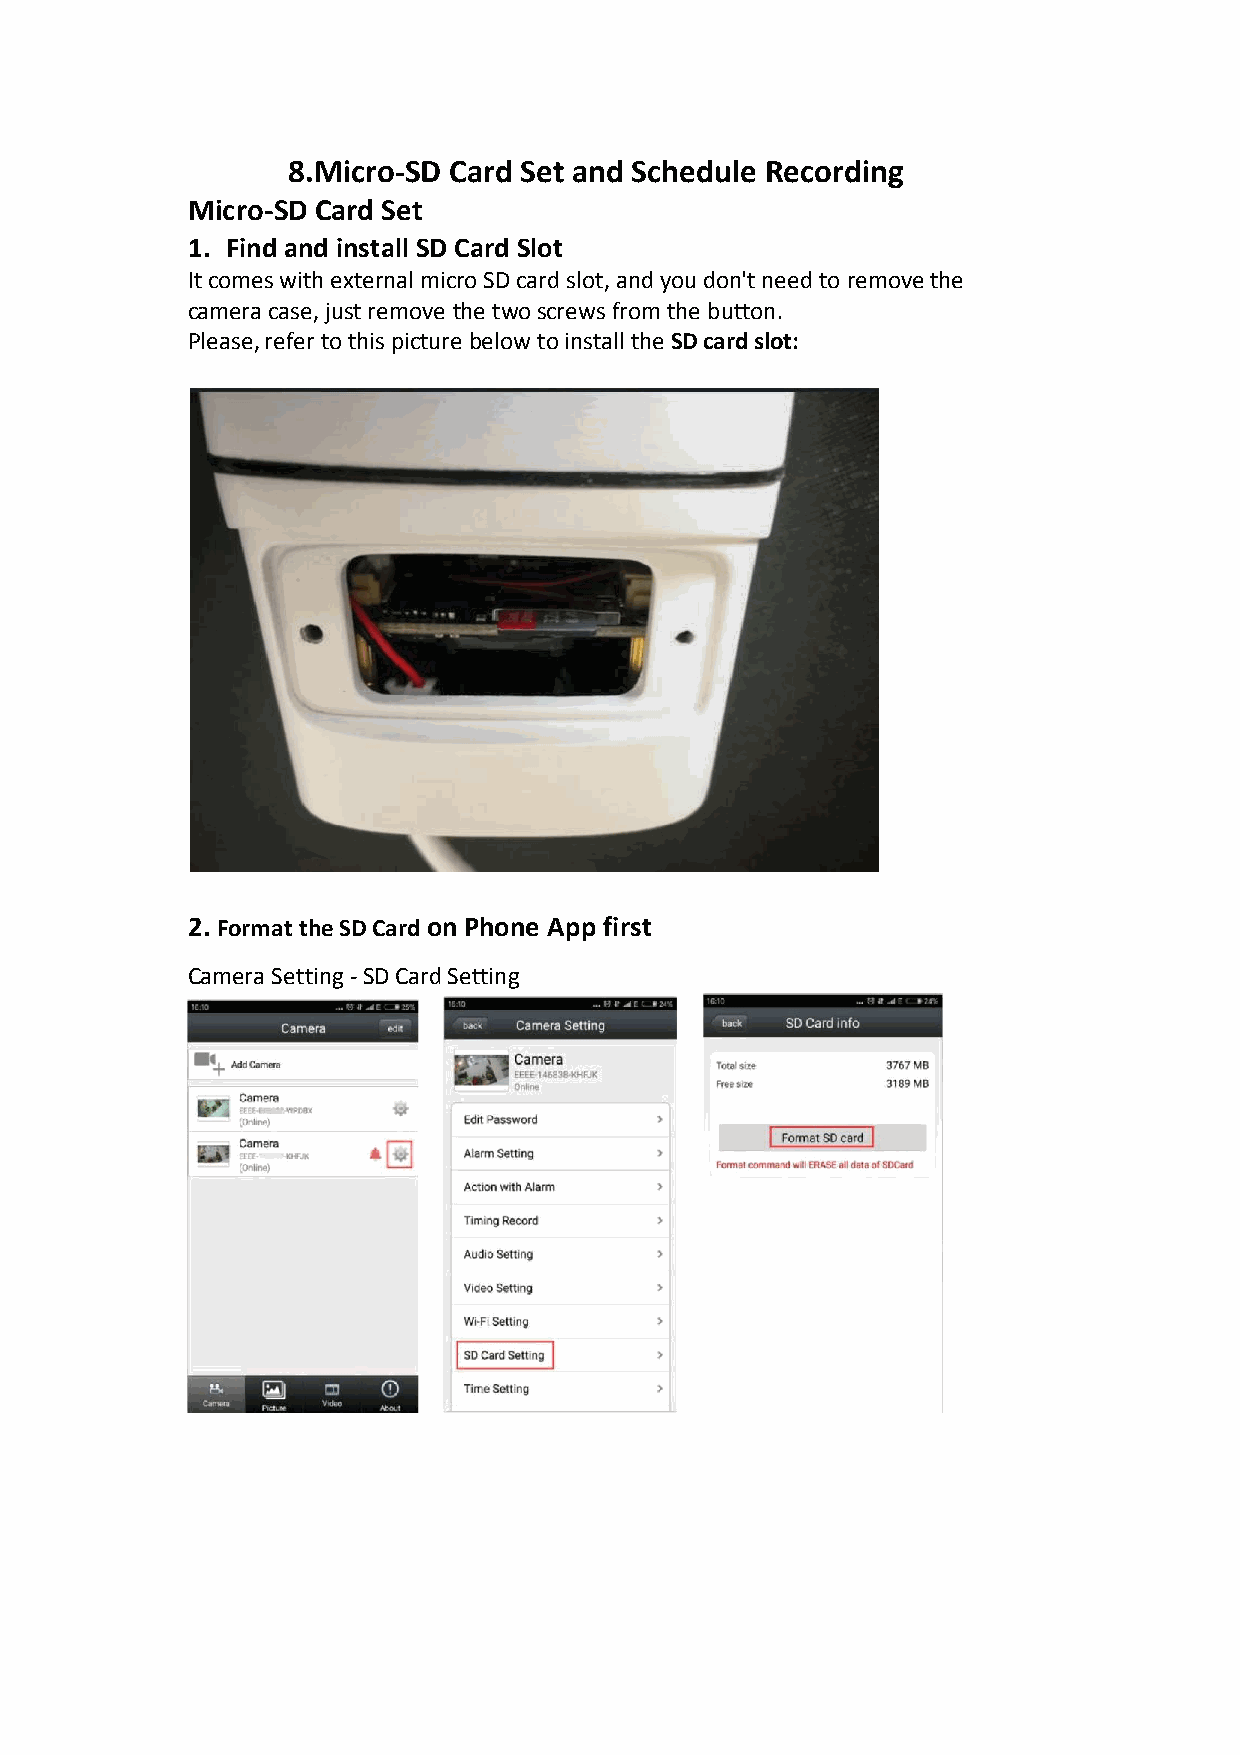
8.Micro-SD Card Set and Schedule Recording
 Micro-SD Card Set
 1. Find and install SD Card Slot
 It comes with external micro SD card slot, and you don't need to remove the
 camera case, just remove the two screws from the button.
 Please, refer to this picture below to install the SD card slot:
 2. Format the SD Card on Phone App first
 Camera Setting - SD Card Setting